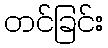
တင်ခြင်း